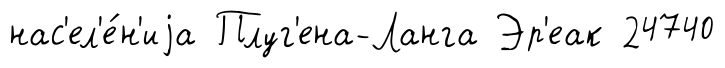
нас'ел'е́н'иjа Плуг'ена-Ланга Эр'еак 24740